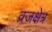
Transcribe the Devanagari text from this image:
व्रजक्षेत्र